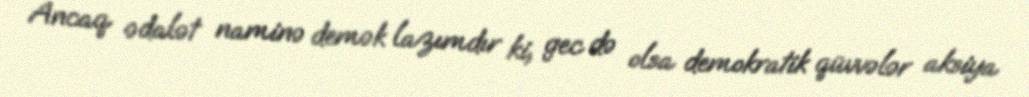
Ancaq ədalət naminə demək lazımdır ki, gec də olsa demokratik qüvvələr aksiya